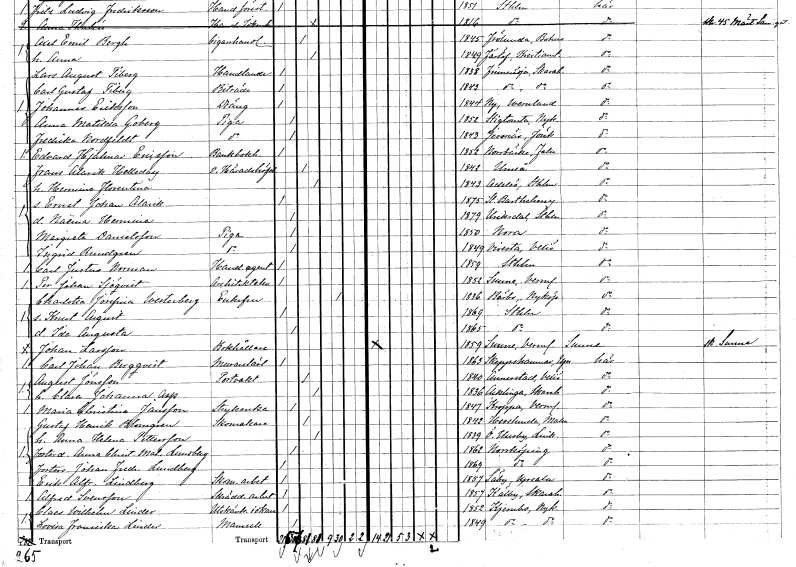
gt_parse: households: individuals: FN: Edvard Hjalmar
EN: Ericsson
YRKE: Bankbokhållare
KON: M
CIV: O
FODAR: 1852
FODFORS: Norrbärke Kopparbergs län
FN: Frans Alarik
EN: Helleday
YRKE: Häradshövding vice
KON: M
CIV: G
FODAR: 1842
FODFORS: Umeå Västerbottens län
FN: Hermina Florentina
KON: K
CIV: G
FODAR: 1843
FODFORS: Adelsö Stockholms län
FN: Ernst Johan Alarik
KON: M
CIV: O
FODAR: 1875
FN: Naëma Hermina
KON: K
CIV: O
FODAR: 1879
FODFORS: Ulriksdal Stockholms län
FN: Margreta
EN: Danielsson
YRKE: Piga
KON: K
CIV: O
FODAR: 1850
FODFORS: Nora Örebro län
FN: Ingrid
EN: Rundgren
YRKE: Piga
KON: K
CIV: O
FODAR: 1849
FODFORS: Virestad Kronobergs län
FN: Carl Justus
EN: Norman
YRKE: Handelsagent
KON: M
CIV: O
FODAR: 1859
FODFORS: Stockholm
FN: Per Johan
EN: Sjöqvist
YRKE: Arkitektelev
KON: M
CIV: O
FODAR: 1852
FODFORS: Sunne Värmlands län
FN: Charlotta Josefina
EN: Westerberg
KON: K
CIV: E
FODAR: 1836
FODFORS: Bärbo Södermanlands län
FN: Knut August
KON: M
CIV: O
FODAR: 1869
FODFORS: Stockholm
FN: Ida Augusta
KON: K
CIV: O
FODAR: 1865
FODFORS: Stockholm
FN: Johan
EN: Larsson
YRKE: Bokhållare
KON: M
CIV: O
FODAR: 1859
FODFORS: Sunne Värmlands län
FN: Carl Johan
EN: Bergqvist
YRKE: Murarelärling
KON: M
CIV: O
FODAR: 1863
FODFORS: Skäfthammar Uppsala län
FN: August
EN: Jönsson
YRKE: Portvakt
KON: M
CIV: G
FODAR: 1840
FODFORS: Annerstad Kronobergs län
FN: Clara Johanna
EN: Asp
KON: K
CIV: G
FODAR: 1836
FODFORS: Acklinga Skaraborgs län
FN: Maria Christina
EN: Jansson
YRKE: Strykerska
KON: K
CIV: O
FODAR: 1847
FODFORS: Kroppa Värmlands län
FN: Gustaf Henrik
EN: Blomgren
YRKE: Skomakare
KON: M
CIV: G
FODAR: 1842
FODFORS: Hässlunda Malmöhus län
FN: Anna Helena
EN: Pettersson
KON: K
CIV: G
FODAR: 1839
FODFORS: Östra Husby Östergötlands län
FN: Anna Christina Matilda
EN: Lundberg
KON: K
CIV: O
FODAR: 1862
FODFORS: Norrköping Östergötlands län
FN: Johan Fredrik
EN: Lundberg
KON: M
CIV: O
FODAR: 1869
FODFORS: Norrköping Östergötlands län
FN: Erik Alfred
EN: Lindberg
YRKE: Skomakeriarbetare
KON: M
CIV: O
FODAR: 1857
FODFORS: Villberga Uppsala län
FN: Alfred
EN: Svensson
YRKE: Skrädderiarbetare
KON: M
CIV: O
FODAR: 1857
FODFORS: Källby Skaraborgs län
FN: Claes Wilhelm
EN: Linder
YRKE: Utskänkningsrörelseidkare
KON: M
CIV: O
FODAR: 1852
FODFORS: Kärnbo Södermanlands län
FN: Lovisa Fransiska
EN: Linder
KON: K
CIV: O
FODAR: 1849
FODFORS: Kärnbo Södermanlands län